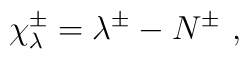
{\chi}_{\lambda}^{\pm}=\lambda^{\pm}-N^{\pm}~,